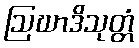
ဩဃာဒိသုတ္တံ